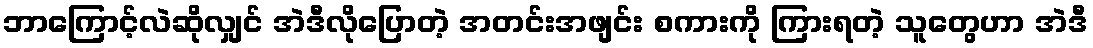
ဘာကြောင့်လဲဆိုလျှင် အဲဒီလိုပြောတဲ့ အတင်းအဖျင်း စကားကို ကြားရတဲ့ သူတွေဟာ အဲဒီ